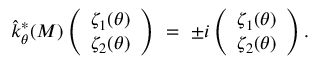
\hat { k } _ { \theta } ^ { * } ( M ) \left( \begin{array} { c } { { \zeta _ { 1 } ( \theta ) } } \\ { { \zeta _ { 2 } ( \theta ) } } \end{array} \right) ~ = ~ \pm i \left( \begin{array} { c } { { \zeta _ { 1 } ( \theta ) } } \\ { { \zeta _ { 2 } ( \theta ) } } \end{array} \right) .